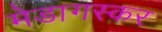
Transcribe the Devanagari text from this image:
मेडागस्कर